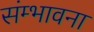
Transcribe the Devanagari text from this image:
संम्भावना